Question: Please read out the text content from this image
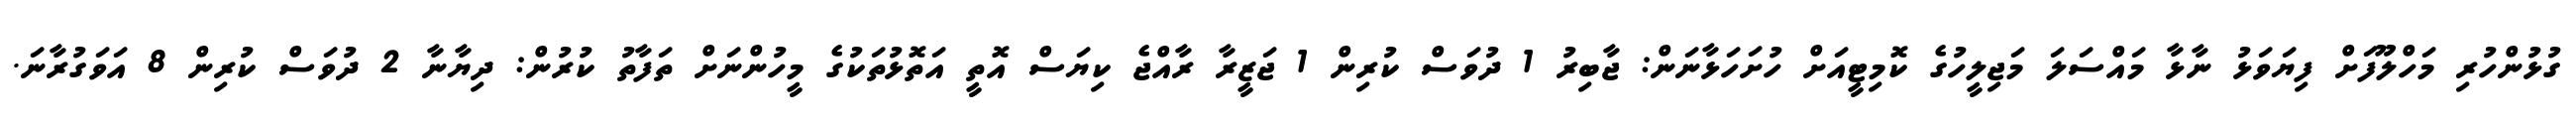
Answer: ގުޅުންހުރި މަހްލޫފަށް ފިޔަވަޅު ނާޅާ މައްސަލަ މަޖިލީހުގެ ކޮމިޓީއަށް ހުށަހަޅާނަން: ޖާބިރު 1 ދުވަސް ކުރިން 1 ޖަޒީރާ ރާއްޖެ ކިޔަސް އޮތީ އަތޮޅުތަކުގެ މީހުންނަށް ތަފާތު ކުރުން: ދިޔާނާ 2 ދުވަސް ކުރިން 8 އަވަގުރާނަ.